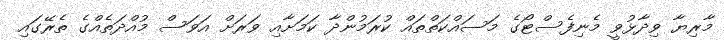
މާރިޔާ ވިދާޅުވީ މެނިފެސްޓޯގެ މަސައްކަތްތައް ކުރަމުންދާ ކަމަށާއި ވަރަށް އަވަސް މުއްދަތެއްގެ ތެރޭގައި